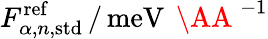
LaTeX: F_{\alpha,n,\mathrm{std}}^{\mathrm{ref}}\, /\, \mathrm{meV}\, \mathrm{~\AA~}^{-1}